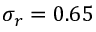
\sigma _ { r } = 0 . 6 5